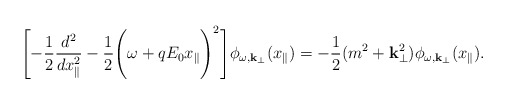
\begin{align*}\Biggl[- \frac{1}{2} \frac{d^2}{dx_{\parallel}^2} -\frac{1}{2}\Biggl( \omega + q E_0 x_{\parallel} \Biggr)^2 \Biggr]\phi_{\omega, {\bf k}_{\perp}} (x_{\parallel}) = - \frac{1}{2}(m^2+ {\bf k}_{\perp}^2) \phi_{\omega, {\bf k}_{\perp}}(x_{\parallel}). \end{align*}